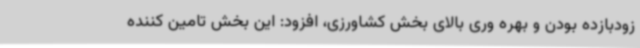
زودبازده بودن و بهره وری بالای بخش کشاورزی، افزود: این بخش تامین کننده